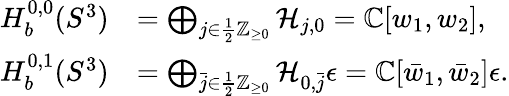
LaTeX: \begin{array}{rl}{H_{b}^{0,0}(S^{3})}&{=\bigoplus_{j\in\frac{1}{2}\mathbb{Z}_{\geq 0}}\mathcal{H}_{j,0}=\mathbb{C}[w_{1},w_{2}],}\\ {H_{b}^{0,1}(S^{3})}&{=\bigoplus_{\bar{j}\in\frac{1}{2}\mathbb{Z}_{\geq 0}}\mathcal{H}_{0,\bar{j}}\epsilon=\mathbb{C}[\bar{w}_{1},\bar{w}_{2}]\epsilon.}\end{array}